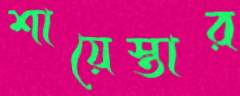
শায়েস্তার